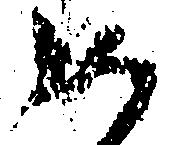
如